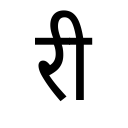
OCR:
री